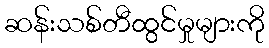
ဆန်းသစ်တီထွင်မှုများကို